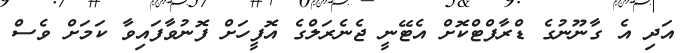
އަދި އެ ގާނޫނުގެ ޑްރާފްޓްކޮށް އެޓޭނީ ޖެނެރަލްގެ އޮފީހަށް ފޮނުވާފައިވާ ކަަމަށް ވެސް